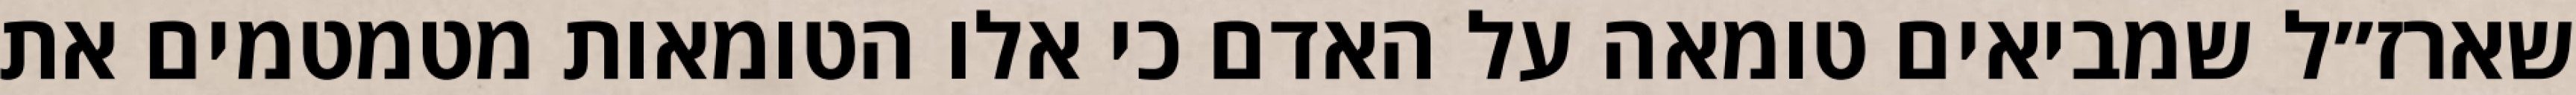
שארז״ל שמביאים טומאה על האדם כי אלו הטומאות מטמטמים את